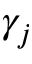
\gamma _ { j }